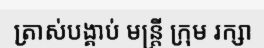
ត្រាស់បង្គាប់ មន្ត្រី ក្រុម រក្សា